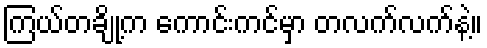
ကြယ်တချို့က ကောင်းကင်မှာ တလက်လက်နဲ့။